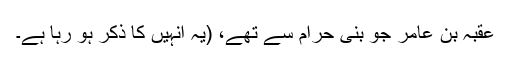
عُقْبَہ بن عامِر جو بنی حرام سے تھے، (یہ انہیں کا ذکر ہو رہا ہے۔